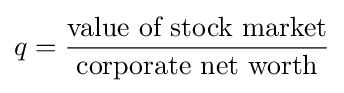
q={\frac {\text{value of stock market}}{\text{corporate net worth}}}